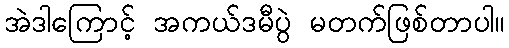
အဲဒါကြောင့် အကယ်ဒမီပွဲ မတက်ဖြစ်တာပါ။